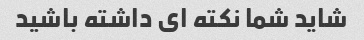
شاید شما نکته ای داشته باشید